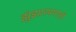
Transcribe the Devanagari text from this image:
झुंझारपणाची